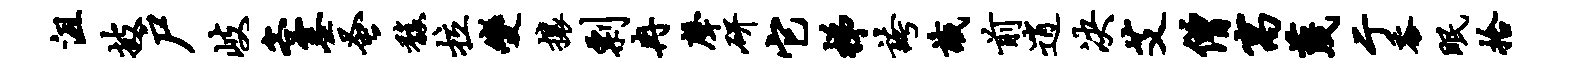
沮披户岐客塞蚤馥拉变攘剽冉声研它梯夸识前逍决艾僧寓蔑亍黍眠拾